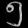
Digit: ၅